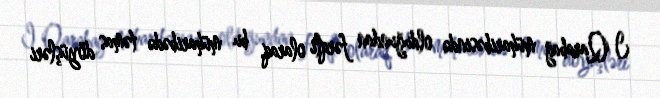
I Qarabağ müharibəsində olduğundan fərqli olaraq, bu müharibədə təmas döyüşləri